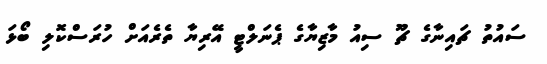
ސައުތު ޗައިނާގެ ޗޫ ސިއު މާޒިޔާގެ ޕެނަލްޓީ އޭރިޔާ ތެރެއަށް ހުރަސްކޮލި ބޯޅަ